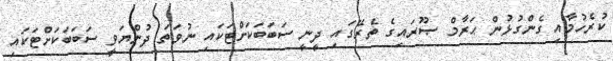
ކުރެހުމާއި ގެންގުޅުން ޙަރާމް ޞޫރައިގެ ތެރޭގައި ދީނީ ސަބަބަކަށްޓަކައި ނުވަތަ ދުންޔަވީ ސަބަބަކަށްޓަކައި